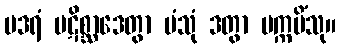
ပဒရံ ပဋိစ္ဆာဒေတွာ ပံသုံ ဒတွာ ပက္ကမိံသု။